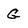
Character: g